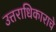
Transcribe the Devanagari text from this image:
उत्तराधिकाराचे